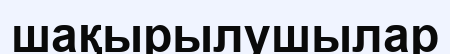
шақырылушылар